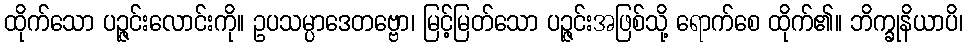
ထိုက်သော ပဉ္ဇင်းလောင်းကို။ ဥပသမ္ပာဒေတဗ္ဗော၊ မြင့်မြတ်သော ပဉ္ဇင်းအဖြစ်သို့ ရောက်စေ ထိုက်၏။ ဘိက္ခုနိယာပိ၊